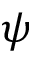
\psi